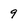
Character: 9